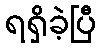
ရရှိခဲ့ပြီ